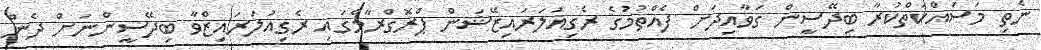
ނެތި މަސައްކަތްކުރާ ބިދޭސީން ގަވާއިދަށް ފެއްތުމުގެ ރެގިއުލަރައިޒޭޝަން ޕްރޮގްރާމްގައި ރެގިއުލަރައިޒްވާ ބިދޭސީންނަށް ދެން